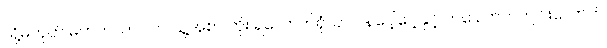
သို့မဟုတ် မတတ်သာပါက သူ့အစာ ဘိုး ရလောက်ရုံသာ ဝန်ပေါ့ပေါ့နှင့် တခေါက်တကျင်းလောက်